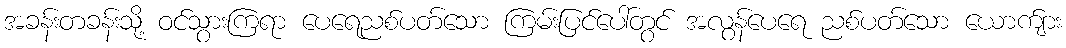
အခန်းတခန်းသို့ ဝင်သွားကြရာ ပေရေညစ်ပတ်သော ကြမ်းပြင်ပေါ်တွင် အလွန်ပေရေ ညစ်ပတ်သော ယောက်ျား